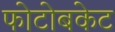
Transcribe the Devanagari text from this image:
फोटोबकेट